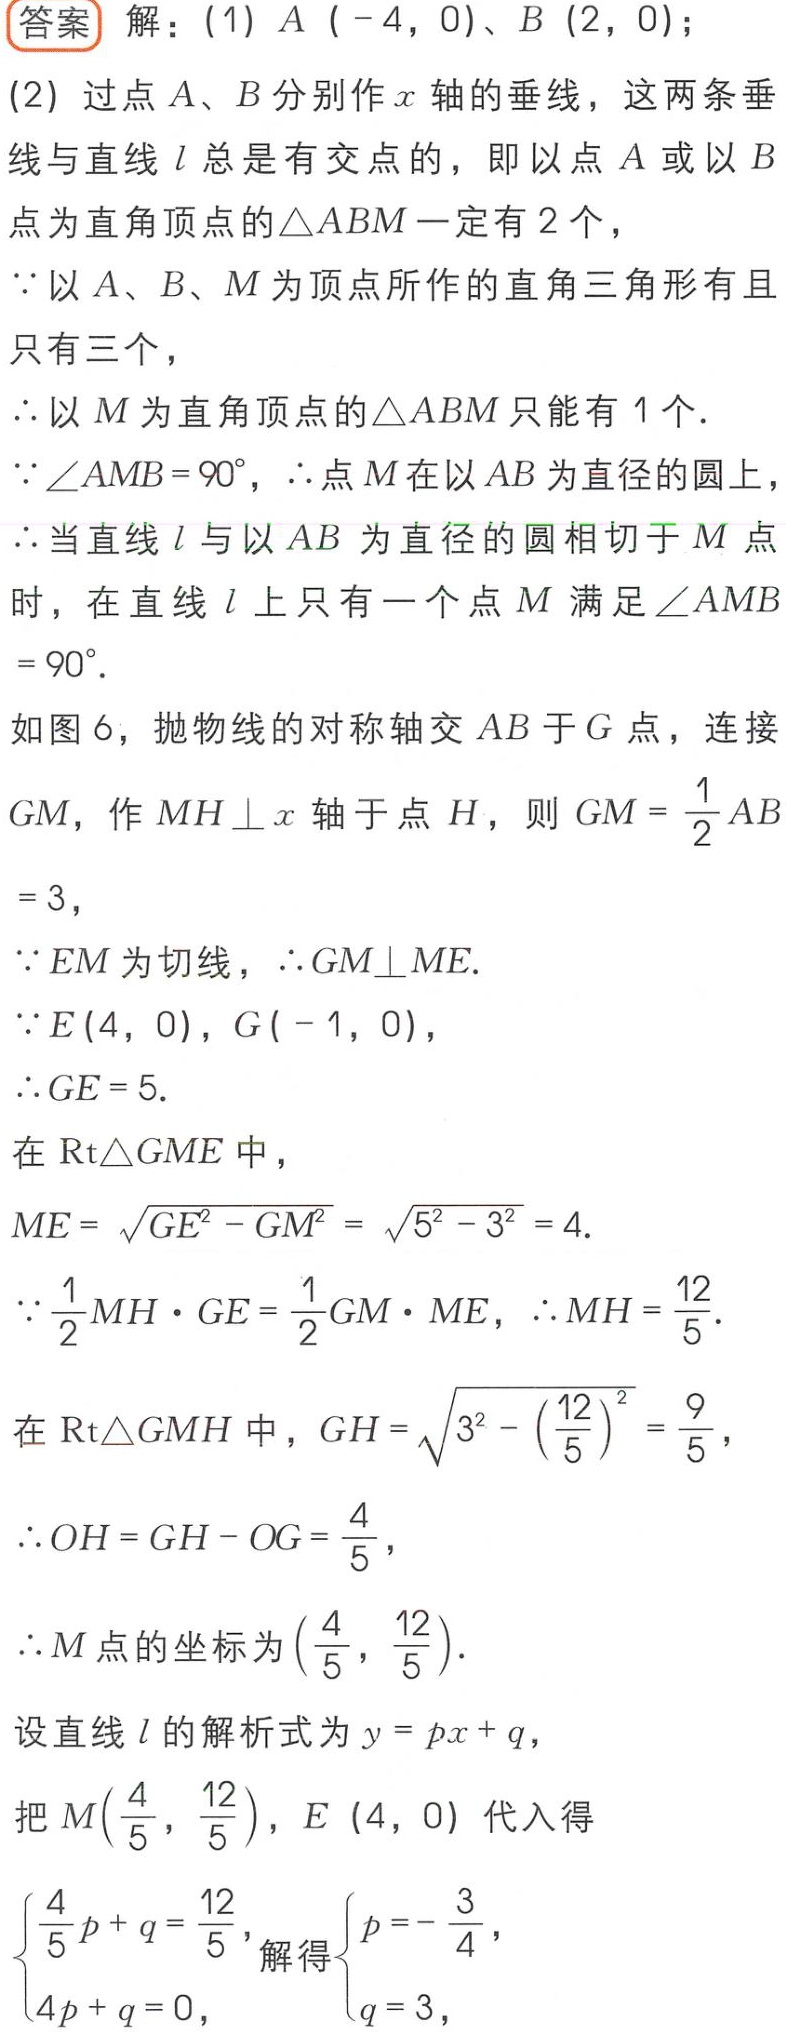
答案 解：(1) \(A(-4,0)\)、\(B(2,0)\)；
(2) 过点 \(A\)、\(B\) 分别作 \(x\) 轴的垂线，这两条垂线与直线 \(l\) 总是有交点的，即以点 \(A\) 或以 \(B\) 点为直角顶点的\(\triangle ABM\)一定有 \(2\) 个，
\(\because\)以 \(A\)、\(B\)、\(M\) 为顶点所作的直角三角形有且只有三个，
\(\therefore\)以 \(M\) 为直角顶点的\(\triangle ABM\)只能有 \(1\) 个.
\(\because\angle AMB = 90^{\circ}\)，\(\therefore\)点 \(M\) 在以 \(AB\) 为直径的圆上，
\(\therefore\)当直线 \(l\) 与以 \(AB\) 为直径的圆相切于 \(M\) 点时，在直线 \(l\) 上只有一个点 \(M\) 满足 \(\angle AMB=90^{\circ}\).
如图 \(6\)，抛物线的对称轴交 \(AB\) 于 \(G\) 点，连接 \(GM\)，作 \(MH\perp x\) 轴于点 \(H\)，则 \(GM = \frac{1}{2}AB = 3\)，
\(\because EM\) 为切线，\(\therefore GM\perp ME\).
\(\because E(4,0)\)，\(G(-1,0)\)，
\(\therefore GE = 5\).
在 \(\text{Rt}\triangle GME\) 中，
\(ME = \sqrt{GE^{2}-GM^{2}}=\sqrt{5^{2}-3^{2}} = 4\).
\(\because\frac{1}{2}MH\cdot GE=\frac{1}{2}GM\cdot ME\)，\(\therefore MH=\frac{12}{5}\).
在 \(\text{Rt}\triangle GMH\) 中，\(GH=\sqrt{3^{2}-\left(\frac{12}{5}\right)^{2}}=\frac{9}{5}\)，
\(\therefore OH = GH - OG=\frac{4}{5}\)，
\(\therefore M\) 点的坐标为 \(\left(\frac{4}{5},\frac{12}{5}\right)\).
设直线 \(l\) 的解析式为 \(y = px + q\)，
把 \(M\left(\frac{4}{5},\frac{12}{5}\right)\)，\(E(4,0)\) 代入得
\(\begin{cases}\frac{4}{5}p + q=\frac{12}{5},\\4p + q = 0,\end{cases}\) 解得\(\begin{cases}p = -\frac{3}{4},\\q = 3,\end{cases}\)